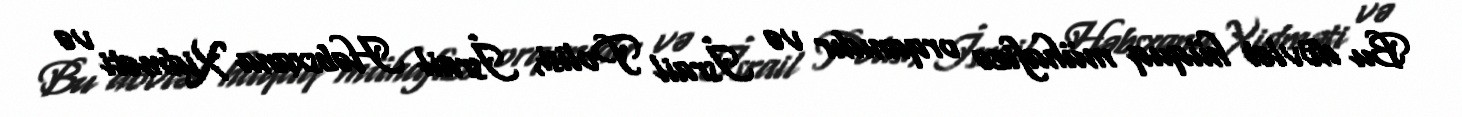
Bu dövlət hüquq mühafizə orqanıdır və İsrail Polisi, İsrail Həbsxana Xidməti və